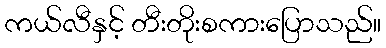
ကယ်လီနှင့် တီးတိုးစကားပြောသည်။